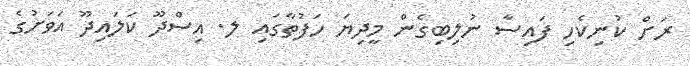
ރަށް ކުނިކެހި ފައިސާ ނުލިބިގެން މީދިޔަ ހަފުތާގައި ލ. އިސްދޫ ކަލައިދޫ އަވަށުގެ